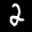
Label: 2